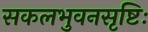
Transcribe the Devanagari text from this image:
सकलभुवनसृष्टिः